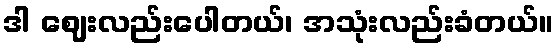
ဒါ ဈေးလည်းပေါတယ်၊ အသုံးလည်းခံတယ်။